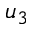
u _ { 3 }